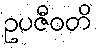
ဥပဇီဝတိ